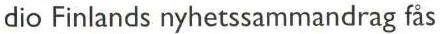
dio Finlands nyhetssammandrag fås